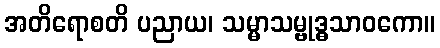
အတိရောစတိ ပညာယ၊ သမ္မာသမ္ဗုဒ္ဓသာဝကော။